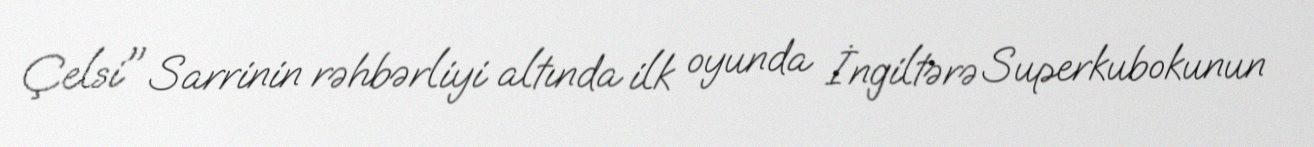
Çelsi" Sarrinin rəhbərliyi altında ilk oyunda İngiltərə Superkubokunun